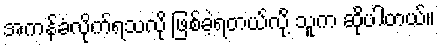
အကန်ခံလိုက်ရသလို ဖြစ်ခဲ့ရတယ်လို့ သူက ဆိုပါတယ်။